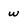
Character: w